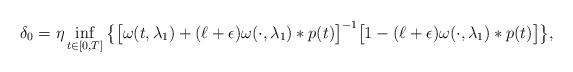
LaTeX: \begin{align*}\delta_0 = \eta \inf_{t\in [0,T]}\big\{\big[\omega(t,\lambda_1)+(\ell+\epsilon)\omega(\cdot,\lambda_1)*p(t)\big]^{-1}\big[1-(\ell+\epsilon)\omega(\cdot,\lambda_1)*p(t)\big]\big\},\end{align*}